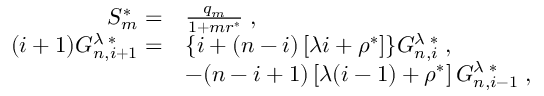
\begin{array} { r l } { S _ { m } ^ { * } = } & { \frac { q _ { m } } { 1 + m r ^ { * } } \; , } \\ { ( i + 1 ) G _ { n , i + 1 } ^ { \lambda \; * } = } & { \lbrace i + ( n - i ) \left[ \lambda i + \rho ^ { * } \right] \rbrace G _ { n , i } ^ { \lambda \; * } \; , } \\ & { - ( n - i + 1 ) \left[ \lambda ( i - 1 ) + \rho ^ { * } \right] G _ { n , i - 1 } ^ { \lambda \; * } \; , } \end{array}